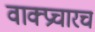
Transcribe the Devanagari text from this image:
वाक्प्रचारच